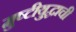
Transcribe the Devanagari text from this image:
मुष्टीयुद्धाची